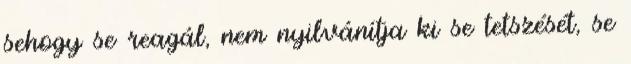
sehogy se reagál, nem nyilvánítja ki se tetszését, se